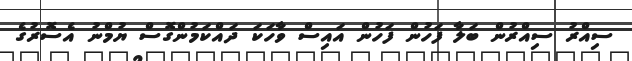
ސިއްރު ސިއްރުން ބަލާ ފަހުން ފަހުން އައިސް ވާހަކަ ދައްކަމުންގޮސް ޔުމްނު އެސޮރުގެ